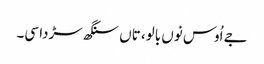
جے اُوس نوں بالو، تاں سنگھ سڑدا سی۔